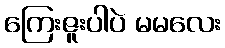
ကြေးဇူးပါပဲ မမလေး